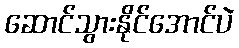
ဆောင်သွားနိုင်အောင်ပဲ